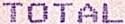
TOTAL